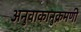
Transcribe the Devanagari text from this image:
अनुवाकानुक्रमणी